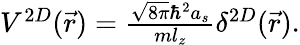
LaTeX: \begin{array}{r}{V^{2D}(\vec{r})=\frac{\sqrt{8\pi}\hbar^{2}a_{s}}{ml_{z}}\delta^{2D}(\vec{r}).}\end{array}